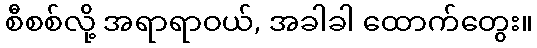
စီစစ်လို့ အရာရာဝယ်, အခါခါ ထောက်တွေး။